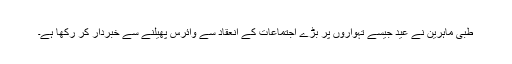
طبی ماہرين نے عيد جيسے تہواروں پر بڑے اجتماعات کے انعقاد سے وائرس پھيلنے سے خبردار کر رکھا ہے۔